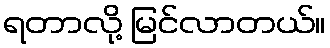
ရတာလို့ မြင်လာတယ်။